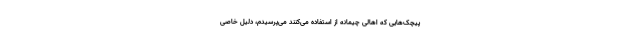
پیچک‌هایی که اهالی چیمانه از استفاده می‌کنند می‌پرسیدم، دلیل خاصی